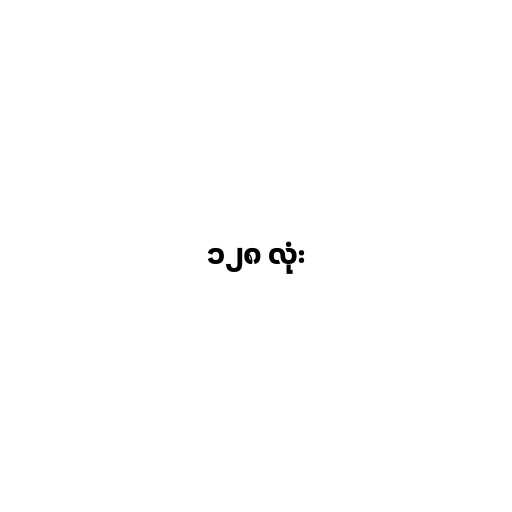
၁၂၈ လုံး